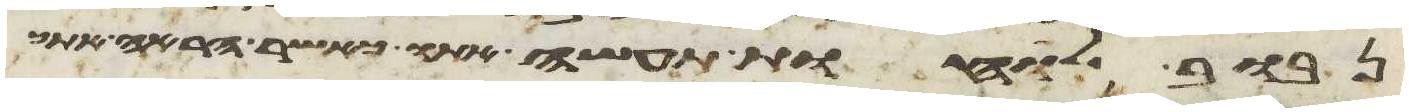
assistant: נבוב לוחות תעשה אתו כאשר הראה אתך